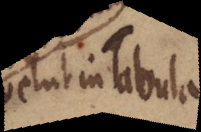
velut in Tabula